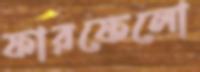
ফারফেলো